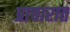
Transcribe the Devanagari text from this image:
प्राचारात